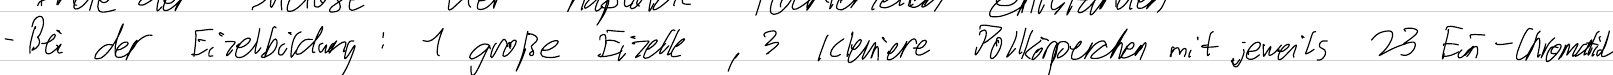
- Bei der Eizellbildung: 1 große Eizelle, 3 kleinere Polkörperchen mit jeweils 23 Ein-Chromatid